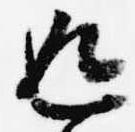
返